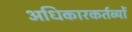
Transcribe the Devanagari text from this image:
अधिकारकर्तव्यों